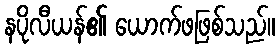
နပိုလီယန်၏ ယောက်ဖဖြစ်သည်။